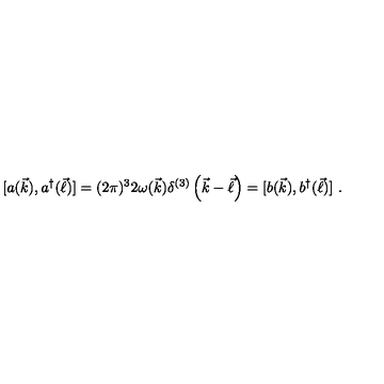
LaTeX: [ a ( \vec { k } ) , a ^ { \dagger } ( \vec { \ell } ) ] = ( 2 \pi ) ^ { 3 } 2 \omega ( \vec { k } ) \delta ^ { ( 3 ) } \left( \vec { k } - \vec { \ell } \right) = [ b ( \vec { k } ) , b ^ { \dagger } ( \vec { \ell } ) ] \ .